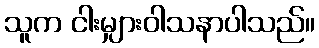
သူက ငါးမျှားဝါသနာပါသည်။